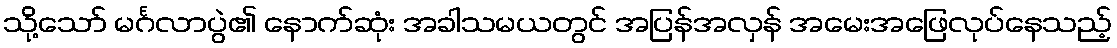
သို့သော် မင်္ဂလာပွဲ၏ နောက်ဆုံး အခါသမယတွင် အပြန်အလှန် အမေးအဖြေလုပ်နေသည့်